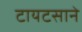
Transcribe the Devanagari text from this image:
टायटसाने